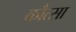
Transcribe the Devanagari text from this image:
कौत्सा